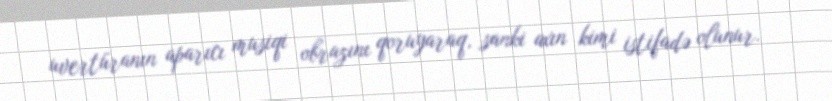
uvertüranın aparıcı musiqi obrazını qoruyaraq, sanki axın kimi istifadə olunur.